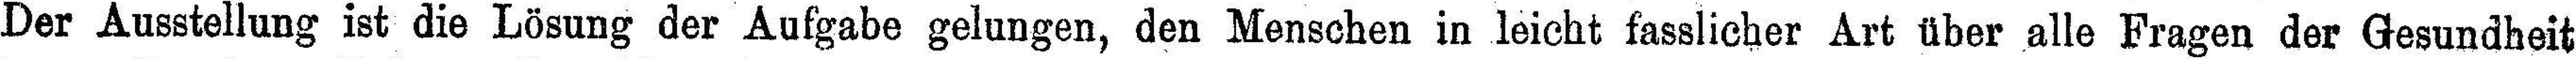
Der Ausstellung ist die Lösung der Aufgabe gelungen, den Menschen in leicht fasslicher Art über alle Fragen der Gesundheit